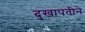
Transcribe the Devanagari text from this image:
दुखापतीने